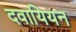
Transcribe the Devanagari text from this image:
दवायियन